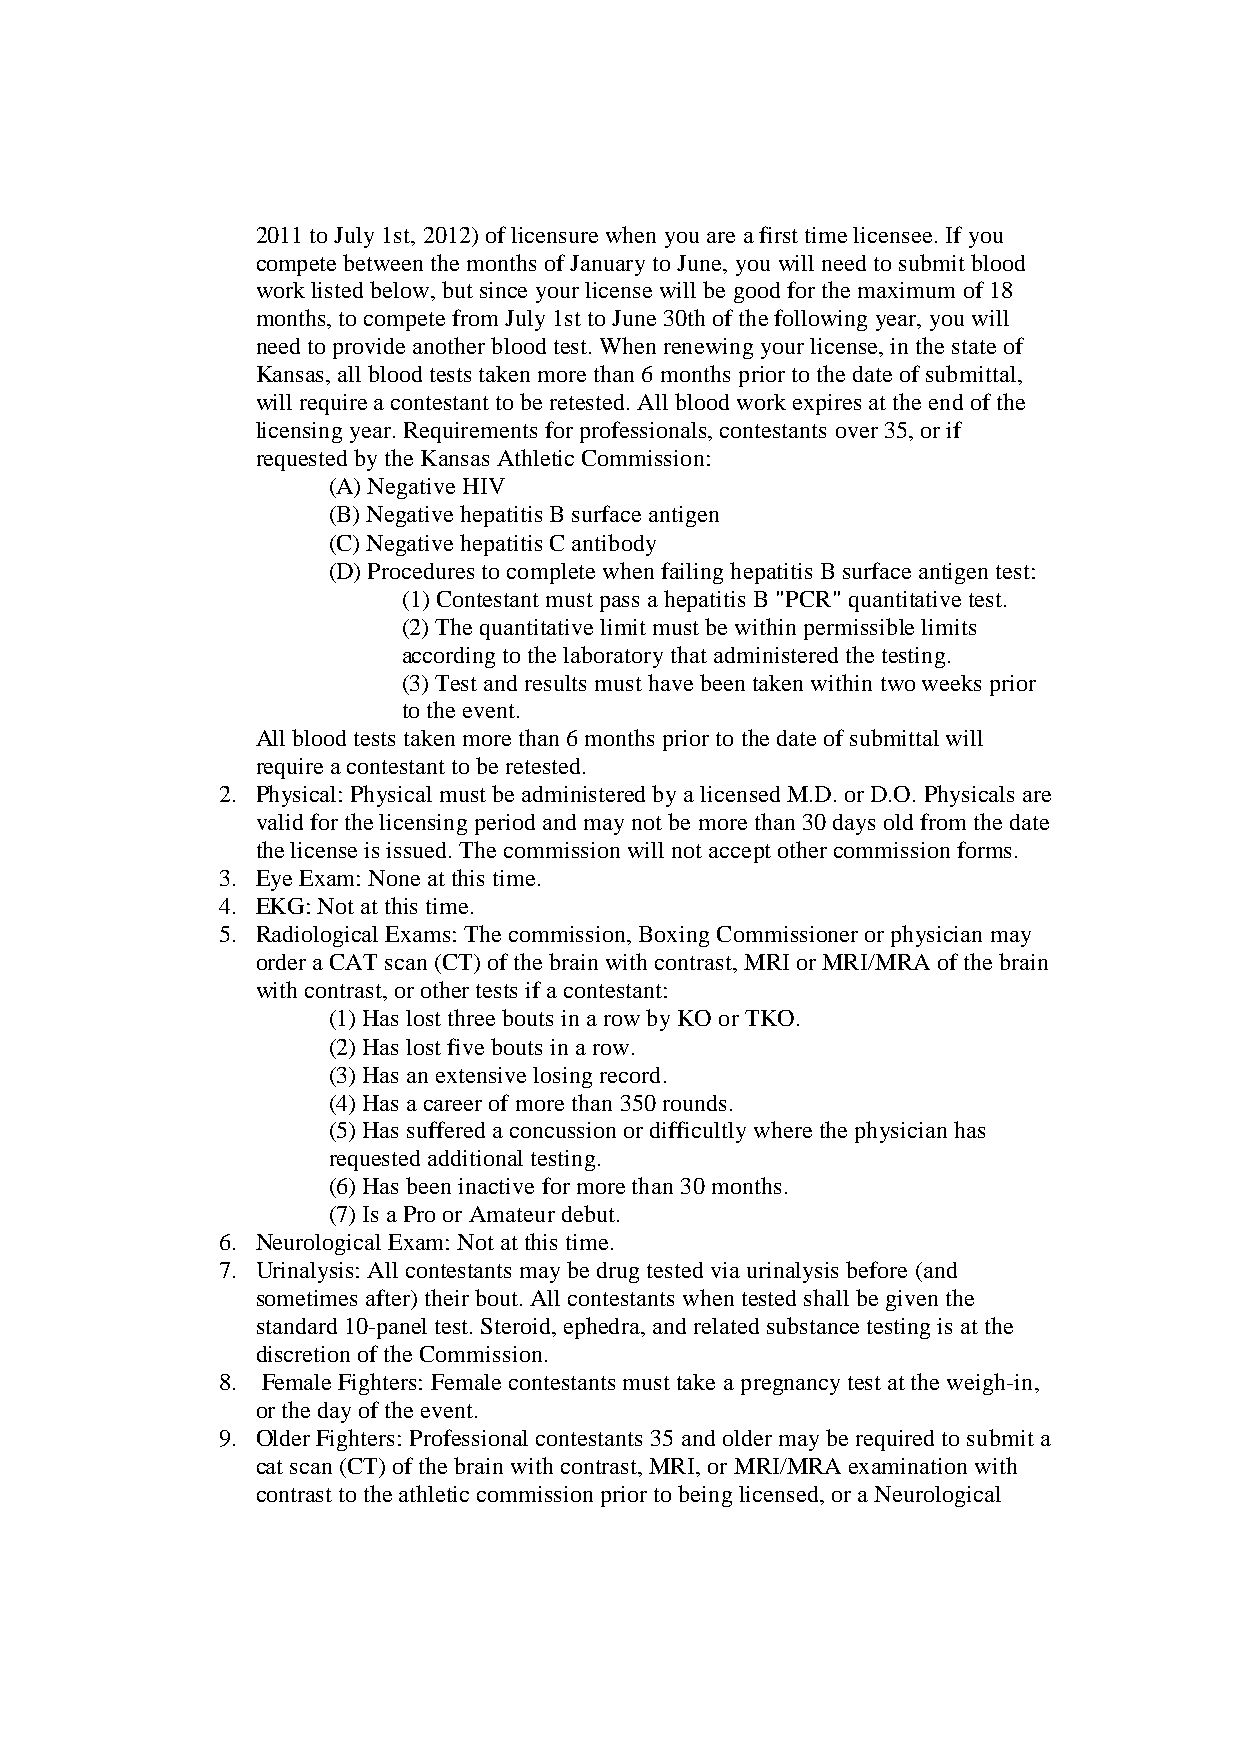
2011 to July 1st, 2012) of licensure when you are a first time licensee. If you
 compete between the months of January to June, you will need to submit blood
 work listed below, but since your license will be good for the maximum of 18
 months, to compete from July 1st to June 30th of the following year, you will
 need to provide another blood test. When renewing your license, in the state of
 Kansas, all blood tests taken more than 6 months prior to the date of submittal,
 will require a contestant to be retested. All blood work expires at the end of the
 licensing year. Requirements for professionals, contestants over 35, or if
 requested by the Kansas Athletic Commission:
 (A) Negative HIV
 (B) Negative hepatitis B surface antigen
 (C) Negative hepatitis C antibody
 (D) Procedures to complete when failing hepatitis B surface antigen test:
 (1) Contestant must pass a hepatitis B "PCR" quantitative test.
 (2) The quantitative limit must be within permissible limits
 according to the laboratory that administered the testing.
 (3) Test and results must have been taken within two weeks prior
 to the event.
 All blood tests taken more than 6 months prior to the date of submittal will
 require a contestant to be retested.
 2. Physical: Physical must be administered by a licensed M.D. or D.O. Physicals are
 valid for the licensing period and may not be more than 30 days old from the date
 the license is issued. The commission will not accept other commission forms.
 3. Eye Exam: None at this time.
 4. EKG: Not at this time.
 5. Radiological Exams: The commission, Boxing Commissioner or physician may
 order a CAT scan (CT) of the brain with contrast, MRI or MRI/MRA of the brain
 with contrast, or other tests if a contestant:
 (1) Has lost three bouts in a row by KO or TKO.
 (2) Has lost five bouts in a row.
 (3) Has an extensive losing record.
 (4) Has a career of more than 350 rounds.
 (5) Has suffered a concussion or difficultly where the physician has
 requested additional testing.
 (6) Has been inactive for more than 30 months.
 (7) Is a Pro or Amateur debut.
 6. Neurological Exam: Not at this time.
 7. Urinalysis: All contestants may be drug tested via urinalysis before (and
 sometimes after) their bout. All contestants when tested shall be given the
 standard 10-panel test. Steroid, ephedra, and related substance testing is at the
 discretion of the Commission.
 8. Female Fighters: Female contestants must take a pregnancy test at the weigh-in,
 or the day of the event.
 9. Older Fighters: Professional contestants 35 and older may be required to submit a
 cat scan (CT) of the brain with contrast, MRI, or MRI/MRA examination with
 contrast to the athletic commission prior to being licensed, or a Neurological